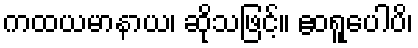
ကထယမာနာယ၊ ဆိုသဖြင့်။ ဧဝရူပေါပိ၊